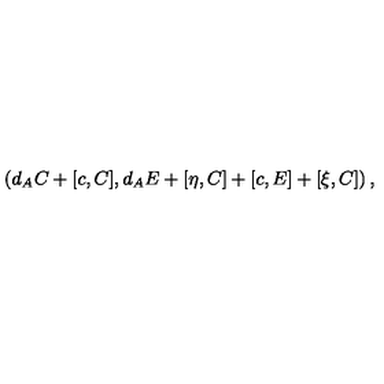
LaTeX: \left( d _ { A } C + [ c , C ] , d _ { A } E + [ \eta , C ] + [ c , E ] + [ \xi , C ] \right) ,